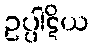
ဥပ္ပါဋိယ